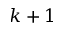
k + 1